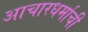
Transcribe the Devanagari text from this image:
आचारधर्माची